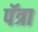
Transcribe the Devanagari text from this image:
पॅत्रा